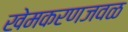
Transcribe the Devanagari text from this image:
खेमकरणजवळ